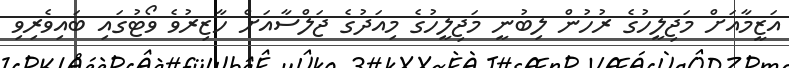
އަޒީމާއަށް މަޖިލީހުގެ ރުހުން ލިބުނީ މަޖިލީހުގެ މިއަދުގެ ޖަލްސާއަށް ހާޒިރުވެ ވޯޓުގައި ބައިވެރިވި